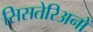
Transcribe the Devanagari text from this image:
सिसतेरिअनों